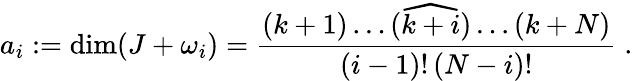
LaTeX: a_{i}:=\dim(J+\omega_{i})=\frac{(k+1)\dots(\widehat{k+i})\dots(k+N)}{(i-1)!\, (N-i)!}\; .